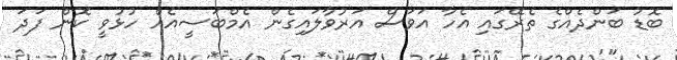
ބޮޑު ބަންދެއްގެ ތެރޭގައި އެހާ އަވަސް އަރުވާލައިގެން އެމްބަސީއެއް ހުޅުވީ ކޮން ފަދަ